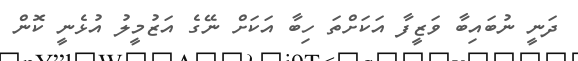
ދަނީ ނުބައިބާ ވަޒީފާ އަކަށްތަ ހިބާ އަކަށް ނޭގެ އަޒުމީލު އުޅެނީ ކޮން